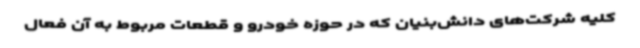
کلیه شرکت‌های دانش‌بنیان که در حوزه خودرو و قطعات مربوط به آن فعال